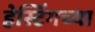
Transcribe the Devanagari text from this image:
हेस्टिंगच्या